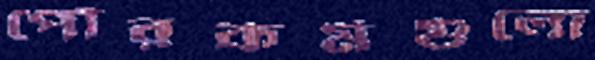
পৌরকর্মগুলো